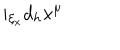
i _ { \xi _ { x } } d _ { h } x ^ { \mu }